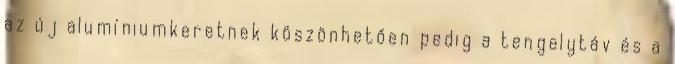
az új alumíniumkeretnek köszönhetően pedig a tengelytáv és a